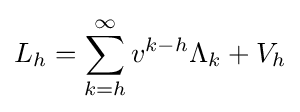
L_{h}=\sum _{k=h}^{\infty }v^{k-h}\Lambda _{k}+V_{h}